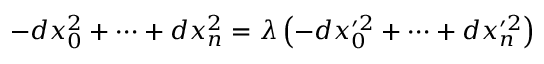
- d x _ { 0 } ^ { 2 } + \dots + d x _ { n } ^ { 2 } = \lambda \left( - d x _ { 0 } ^ { \prime 2 } + \dots + d x _ { n } ^ { \prime 2 } \right)